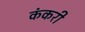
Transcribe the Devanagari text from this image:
कंकरी